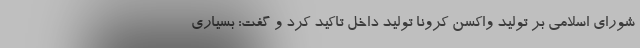
شورای اسلامی بر تولید واکسن کرونا تولید داخل تاکید کرد و گفت: بسیاری